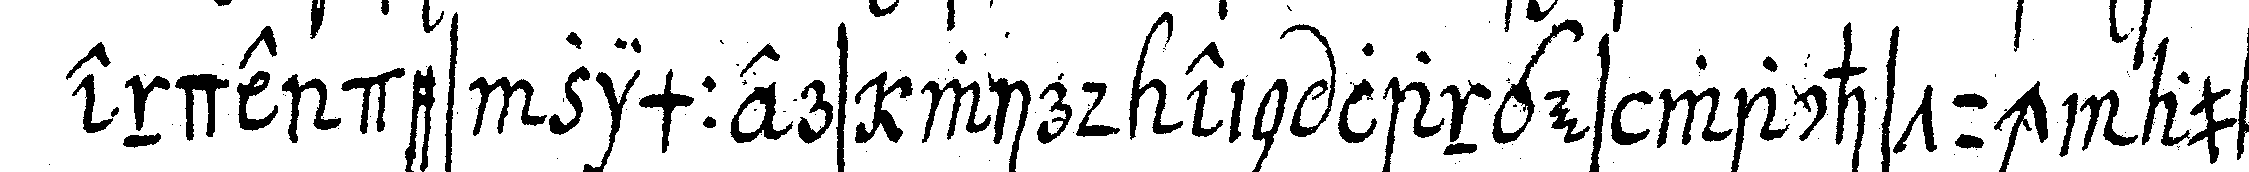
ende des zimmers wird ein langes wachstuch auf